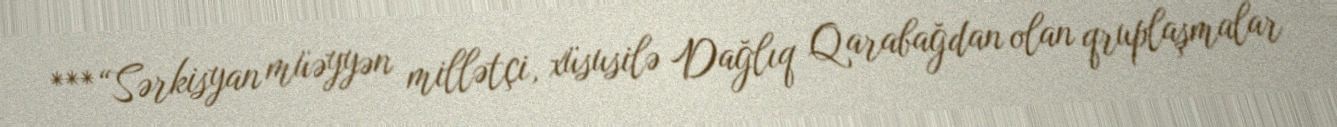
***“Sərkisyan müəyyən millətçi, xüsusilə Dağlıq Qarabağdan olan qruplaşmalar